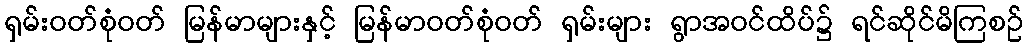
ရှမ်းဝတ်စုံဝတ် မြန်မာများနှင့် မြန်မာဝတ်စုံဝတ် ရှမ်းများ ရွာအဝင်ထိပ်၌ ရင်ဆိုင်မိကြစဉ်